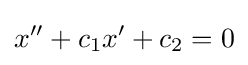
x''+c_{1}x'+c_{2}=0